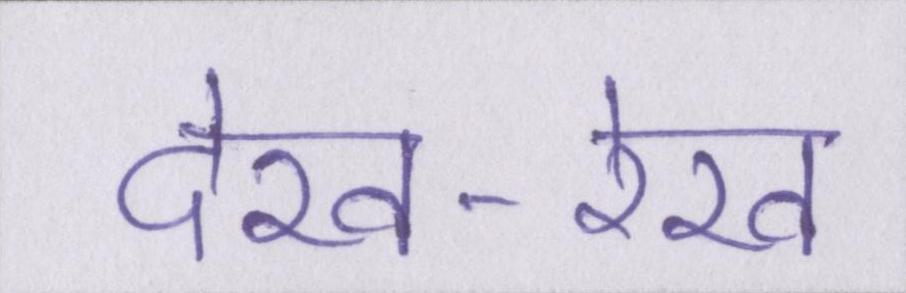
देख-रेख